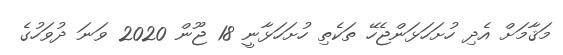
މަޤާމަށް އެދި ހުށަހަޅަންޖެހޭ ތަކެތި ހުށަހަޅާނީ 18 ޖޫން 2020 ވަނަ ދުވަހުގެ